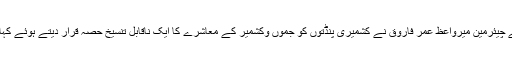
12 جون2019ء) مقبوضہ کشمیر میں حریت فورم کے چیئرمین میرواعظ عمر فاروق نے کشمیری پنڈتوں کو جموں وکشمیر کے معاشرے کا ایک ناقابل تنسیخ حصہ قرار دیتے ہوئے کہا ہے کہ ان کی مقبوضہ وادی کا خیر مقدم کیا جائے گا۔